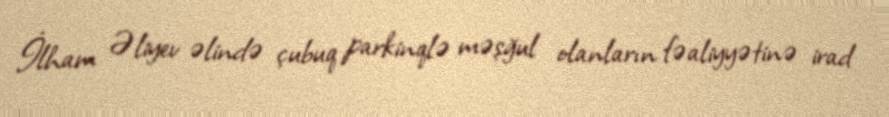
İlham Əliyev əlində çubuq parkinqlə məşğul olanların fəaliyyətinə irad